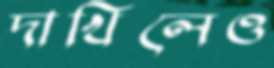
দাখিলেও